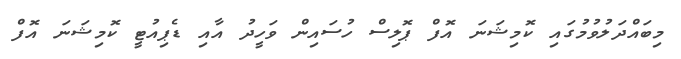
މިބައްދަލުވުމުގައި ކޮމިޝަނަ އޮފް ޕޮލިސް ހުސައިން ވަހީދު އާއި ޑެޕިއުޓީ ކޮމިޝަނަ އޮފް